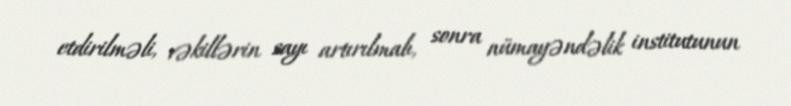
etdirilməli, vəkillərin sayı artırılmalı, sonra nümayəndəlik institutunun